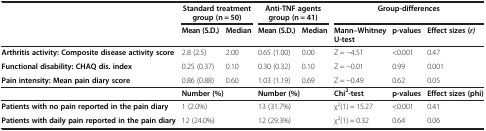
<table><thead><tr><td><b> </b></td><td colspan="2"><b>Standard treatment group (n = 50)</b></td><td colspan="2"><b>Anti-TNF agents group (n = 41)</b></td><td colspan="3"><b>Group-differences</b></td></tr><tr><td><b> </b></td><td><b>Mean (S.D.)</b></td><td><b>Median</b></td><td><b>Mean (S.D.)</b></td><td><b>Median</b></td><td><b>Mann–Whitney U-test</b></td><td><b>p-values</b></td><td><b>Effect sizes (<i>r)</i></b></td></tr></thead><tbody><tr><td><b>Arthritis activity: Composite disease activity score</b></td><td>2.8 (2.5)</td><td>2.00</td><td>0.65 (1.00)</td><td>0.00</td><td>Z = −4.51</td><td>&lt;0.001</td><td>0.47</td></tr><tr><td><b>Functional disability: CHAQ dis. index</b></td><td>0.25 (0.37)</td><td>0.10</td><td>0.30 (0.32)</td><td>0.10</td><td>Z = −0.01</td><td>0.99</td><td>0.001</td></tr><tr><td><b>Pain intensity: Mean pain diary score</b></td><td>0.86 (0.88)</td><td>0.60</td><td>1.03 (1.19)</td><td>0.69</td><td>Z = −0.49</td><td>0.62</td><td>0.05</td></tr><tr><td> </td><td colspan="2"><b>Number (%)</b></td><td colspan="2"><b>Number (%)</b></td><td><b>Chi</b><sup><b>2</b></sup><b>-test</b></td><td><b>p-values</b></td><td><b>Effect sizes (phi)</b></td></tr><tr><td><b>Patients with no pain reported in the pain diary</b></td><td colspan="2">1 (2.0%)</td><td colspan="2">13 (31.7%)</td><td>χ<sup>2</sup>(1) = 15.27</td><td>&lt;0.001</td><td>0.41</td></tr><tr><td><b>Patients with daily pain reported in the pain diary</b></td><td colspan="2">12 (24.0%)</td><td colspan="2">12 (29.3%)</td><td>χ<sup>2</sup>(1) = 0.32</td><td>0.64</td><td>0.06</td></tr></tbody></table>